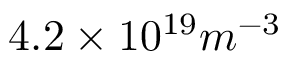
4 . 2 \times 1 0 ^ { 1 9 } m ^ { - 3 }